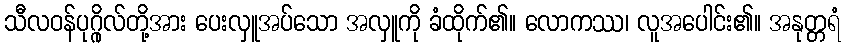
သီလဝန်ပုဂ္ဂိုလ်တို့အား ပေးလှူအပ်သော အလှူကို ခံထိုက်၏။ လောကဿ၊ လူအပေါင်း၏။ အနုတ္တရံ